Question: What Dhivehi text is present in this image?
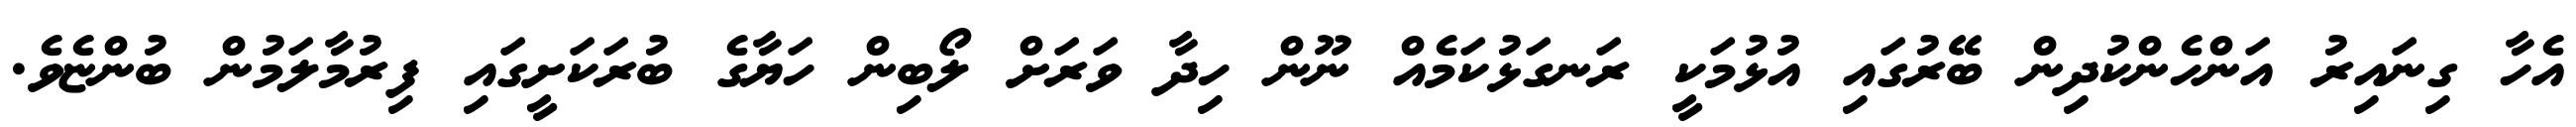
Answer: އެހާ ގިނައިރު އަންހެންކުދިން ބޭރުގައި އުޅުމަކީ ރަނގަޅުކަމެއް ނޫން ހިދާ ވަރަށް ލޯބިން ހަޔާގެ ބުރަކަށީގައި ފިރުމާލަމުން ބުންޏެވެ.